Vabadussoja_Ajaloo_Komitee, lk 88
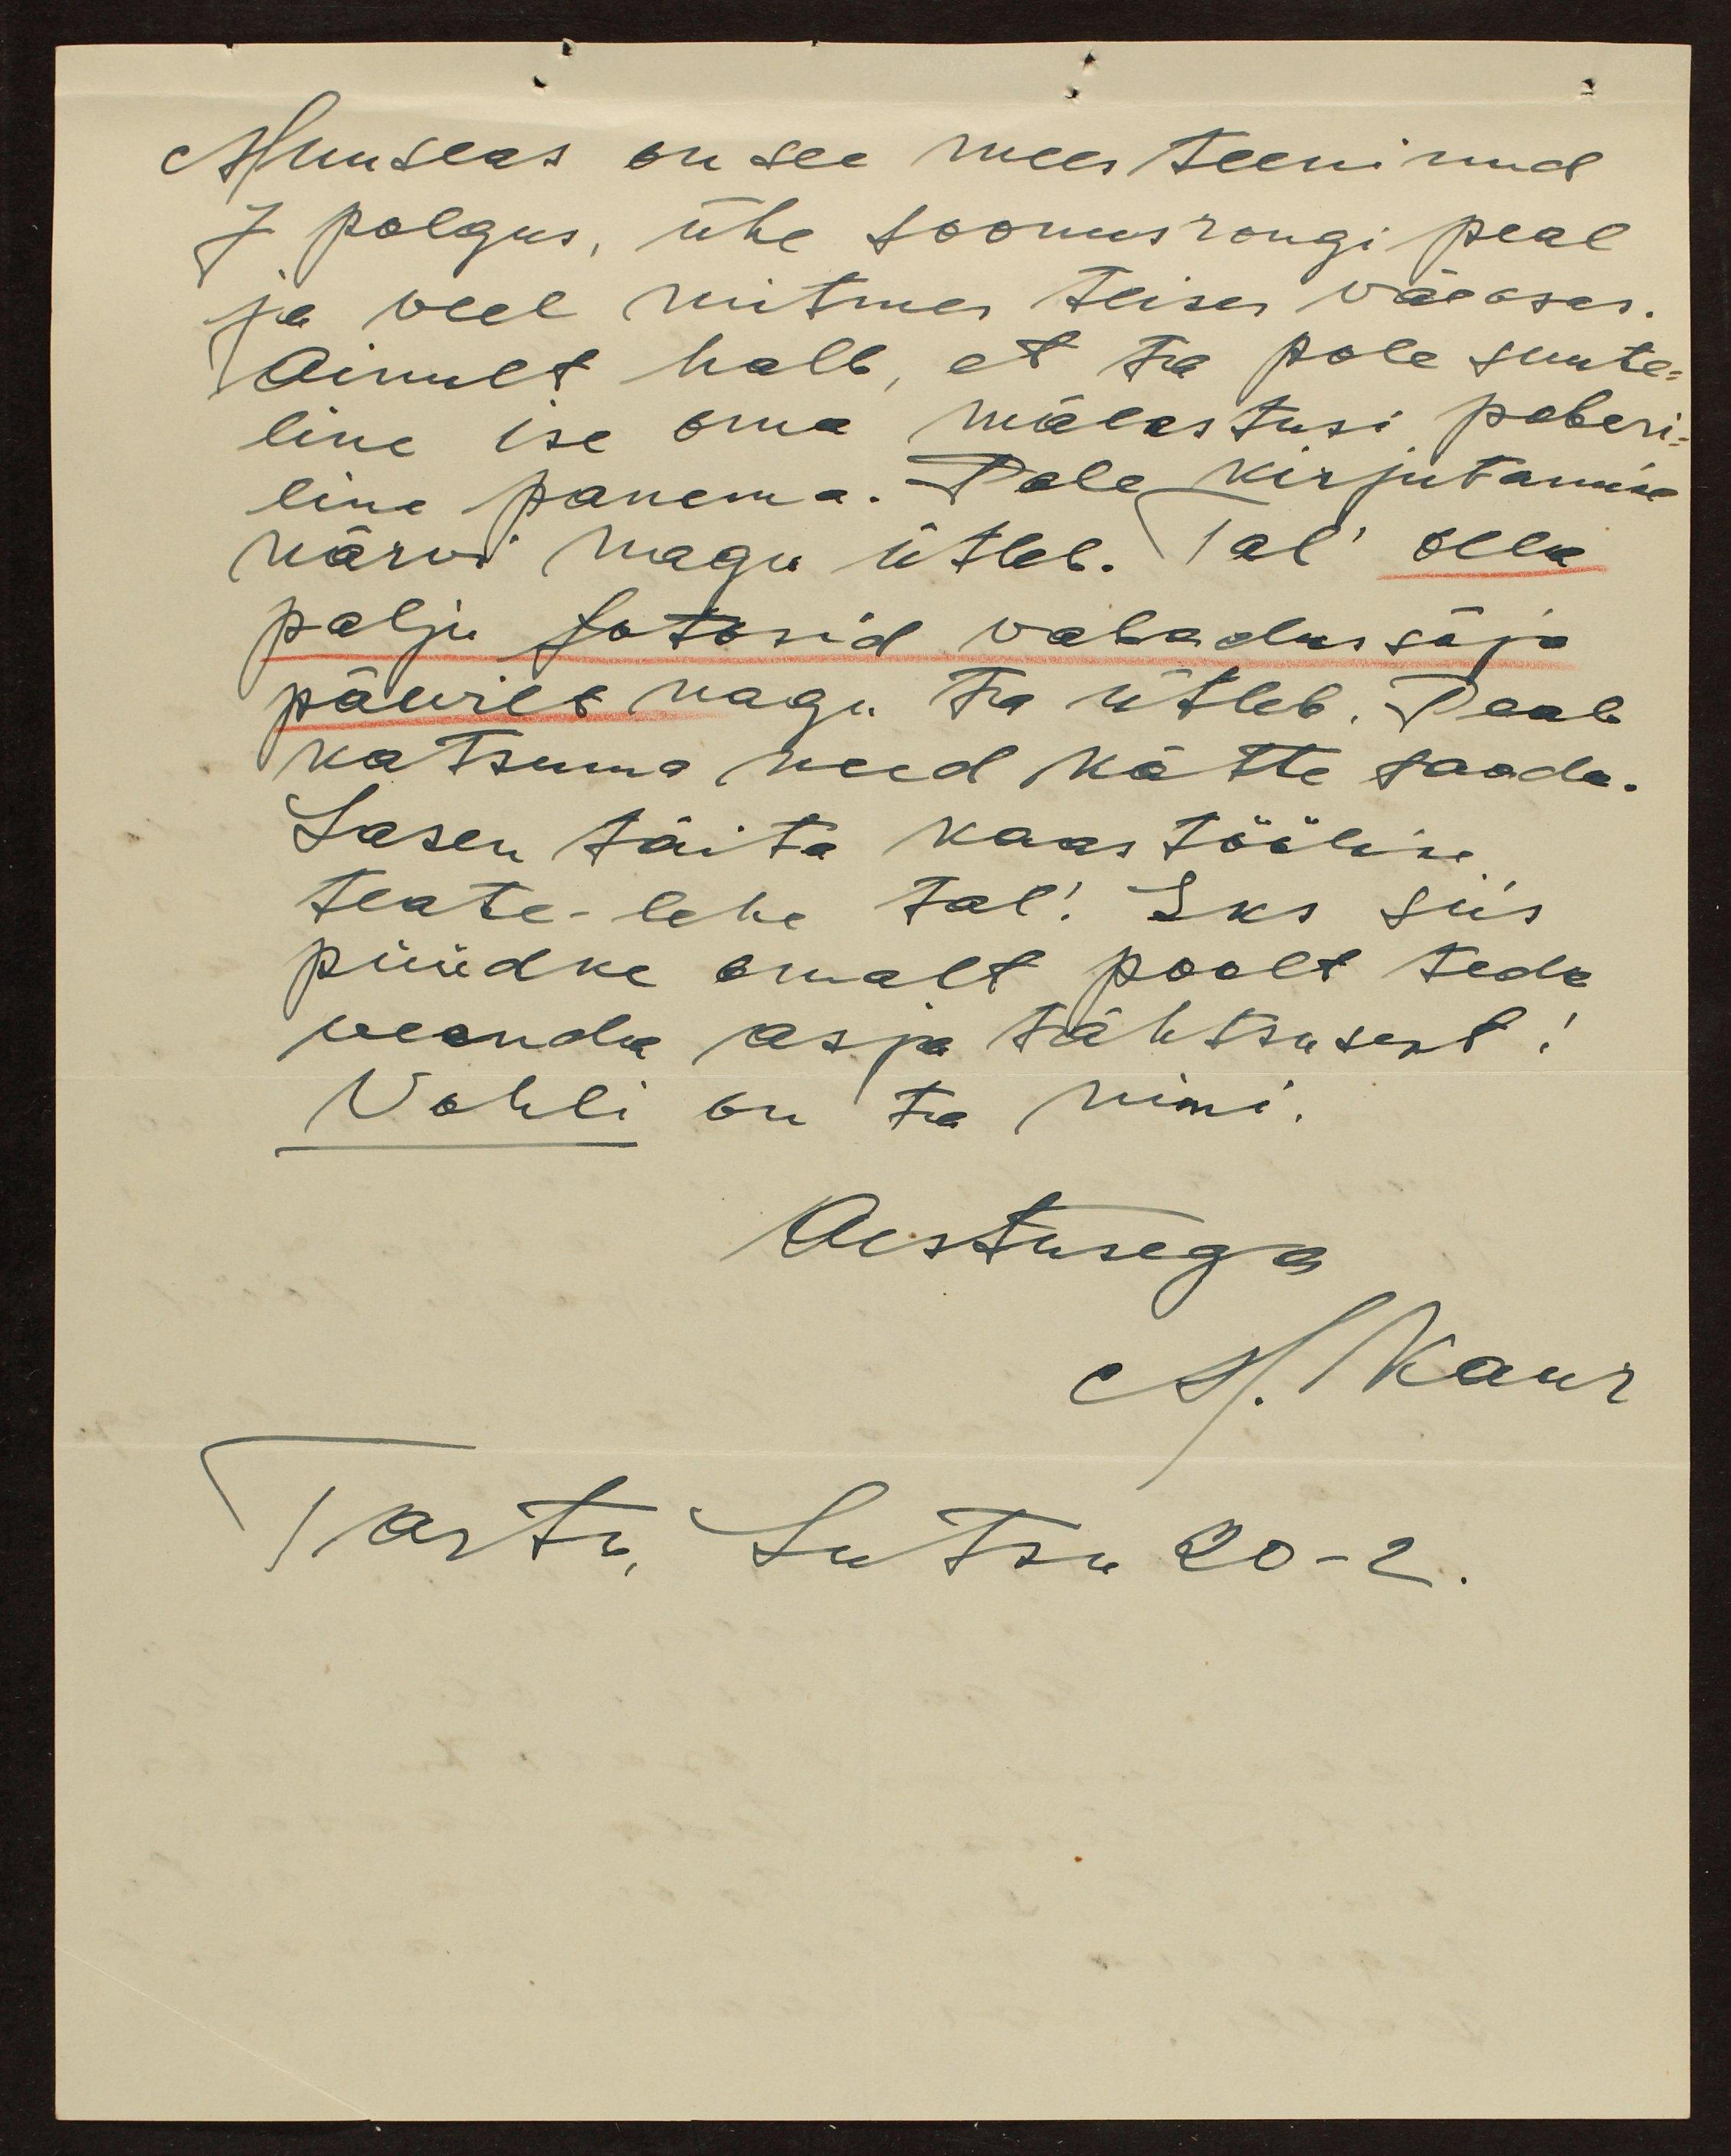
Muuseas on see mees teeninud
7 polgus, ühe soomusrongi peal
ja veel mitmes teises väeosas.
Ainult halb, et ta pole suute-
line ise oma mälestusi paberi-
rile panema. Pole kirjutamise
närvi nagu ütleb. Tal olla
palju fotosid vabadussõja
päevilt nagu ta ütleb. Peab
katsuma need kätte saada.
Lasen täita kaastöölise
teate-lehe tal! Eks siis
püüdke omalt poolt teda
veenda asja tähtsusest.
Vohli on ta nimi.
Austusega
M. Kaur
Tartu, Lutsu 20-2.